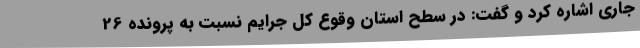
جاری اشاره کرد و گفت: در سطح استان وقوع کل جرایم نسبت به پرونده 26